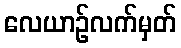
လေယာဉ်လက်မှတ်